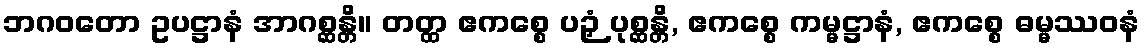
ဘဂဝတော ဥပဋ္ဌာနံ အာဂစ္ဆန္တိ။ တတ္ထ ဧကစ္စေ ပဉှံ ပုစ္ဆန္တိ, ဧကစ္စေ ကမ္မဋ္ဌာနံ, ဧကစ္စေ ဓမ္မဿဝနံ